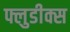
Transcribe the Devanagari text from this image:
फ्लुडीक्स